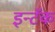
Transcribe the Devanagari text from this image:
इन्टॅक